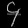
Digit: ၄